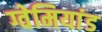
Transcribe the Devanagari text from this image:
ग्वेमियांड